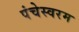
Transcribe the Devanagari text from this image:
पंचेस्वरम